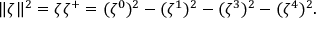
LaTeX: \| \zeta \| ^ { 2 } = \zeta { \zeta } ^ { + } = ( \zeta ^ { 0 } ) ^ { 2 } - ( \zeta ^ { 1 } ) ^ { 2 } - ( \zeta ^ { 3 } ) ^ { 2 } - ( \zeta ^ { 4 } ) ^ { 2 } .